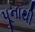
પૂનાથી